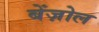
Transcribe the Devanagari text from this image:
बेंज़ोल